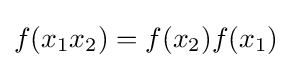
f(x_{1}x_{2})=f(x_{2})f(x_{1})